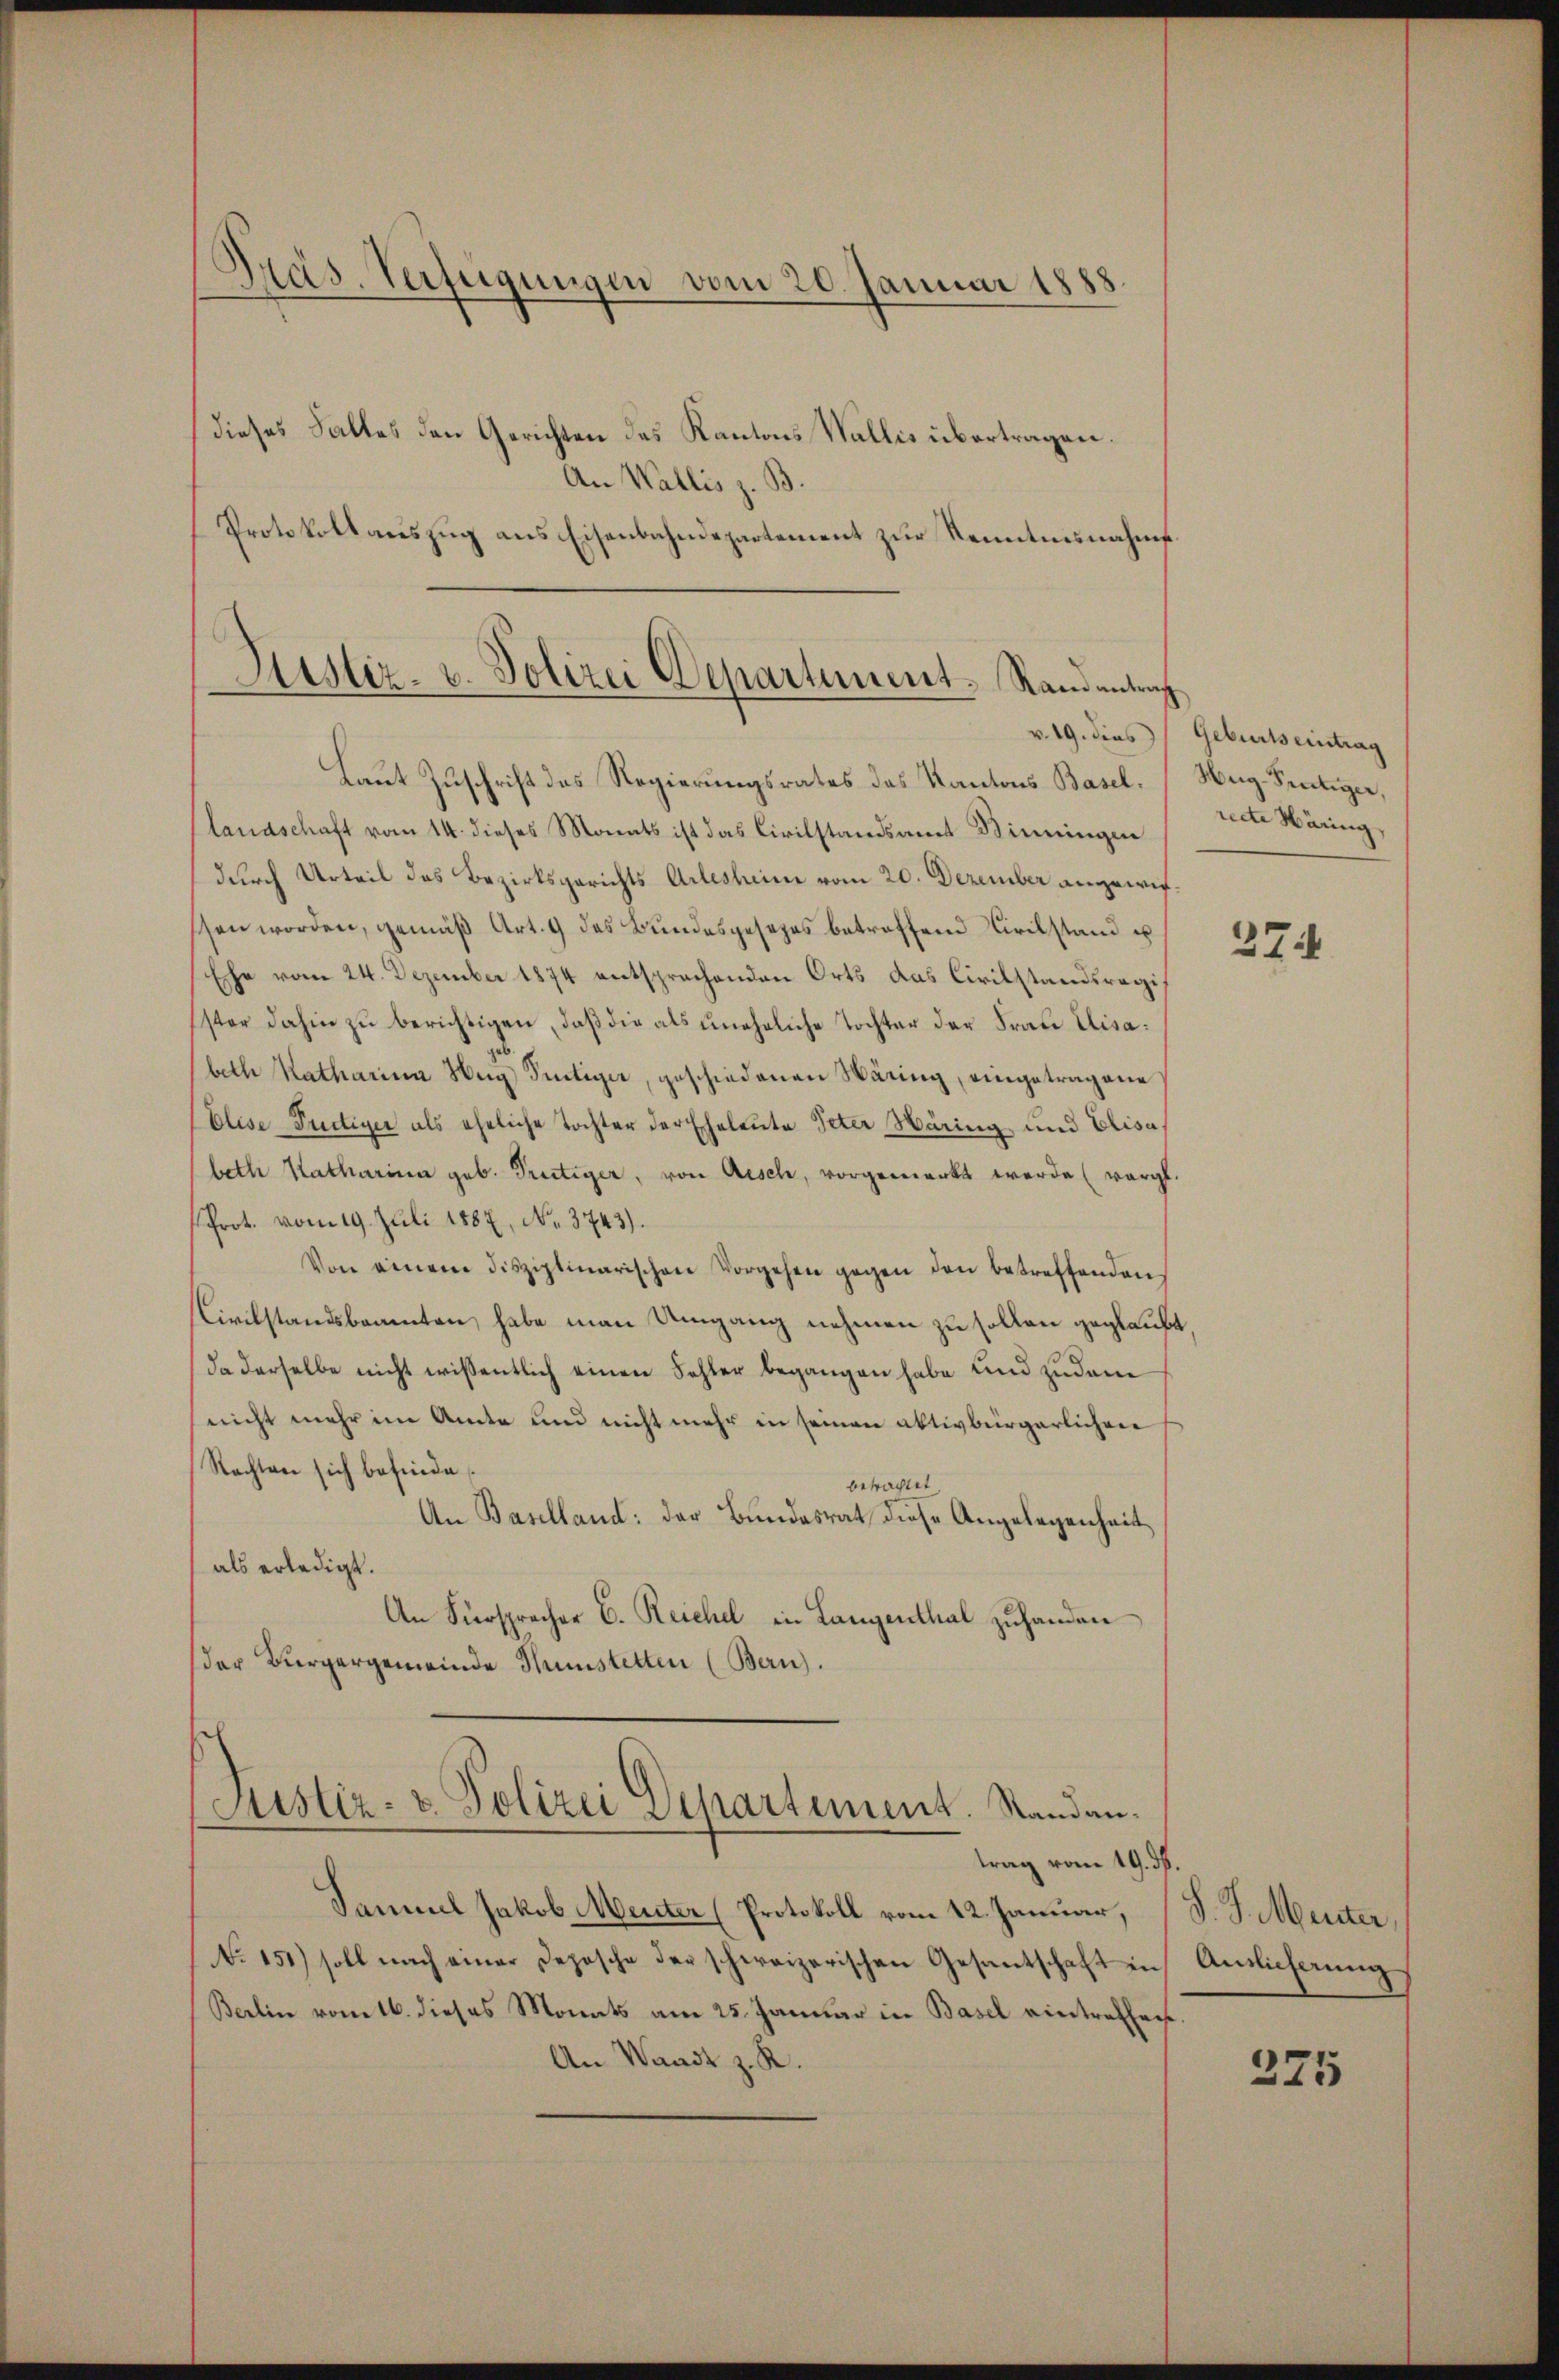
Präs. Verfügungen vom 20. Januar 1888

dieses Falles den Gerichten des Kantons Wallis übertragen.
An Wallis z. B.
Protokollauszug aus Eisenbahndepartement zur Kenntnisnahme.

Justiz- u. Polizei Departement. Randentrag

Laut Zuschrift des Regierungsrates des Kantons Basel-, Nug-Sentiger,
(landschaft vom 14. dieses Monats ist das Civilstandsamt Winingen
durch Urteil des Bezirksgerichts Arlesheim vom 20. Dezember angewis
ssen worden, gemäβ Art. 9 des Bundesgesezes betreffend Civilstand u
Ehe vom 24. Dezember 1874 entsprechenden Orts das Civilstandsregi
ster dahin zu berichtigen, daß die als uneheliche Tochter der Frau Elisabeth Katharina Hug Peutiger, geschiedenen Wäring, eingetragene
Elise Pudtiyer als eheliche Tochter der Eheleute Peter Wäring und Elisabeth Katharina geb. Trutiger, von Aesch, vorgemerkt werde (vorge
Prot. vom 19. Juli 1887, No. 3743).
Von einem disziplinarischen Vorgehen gegen den betreffenden
Civilstandsbannten habe man Umgang nehmen zu sollen geglaubt
da derselbe nicht wissentlich einen Fehler begangen habe und zudem
(nicht mehr im Amte und nicht mehr in seinen aktivbürgerlichen
Rechten sich befinde
betrachtet
An Baselland: der Bundesrat diese Angelegenheit
als erledigt.
An Fürsprecher C. Reichel in Langenthal zuhanden
der Bürgergemeinde Hunstetten (Bern).

Justiz- u. Polizei Departement. Standen.
trag vom 19. ds.

Samuel Jakob Menter (Protokoll vom 12. Januar,
NNo. 151) soll nach einer Deposche der schweizerischen Gesantschaft in
Berlin vom 16. dieses Monats am 25. Januar in Basel eintreffen
An Waadt z. R.

v. 19. dies Geburts eintrag
recte Häring,

274

S. J. Meister,
Ansicherung

375